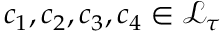
c _ { 1 } , c _ { 2 } , c _ { 3 } , c _ { 4 } \in \mathcal { L } _ { \tau }